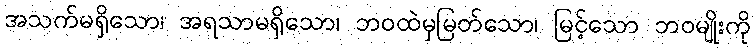
အသက်မရှိသော၊ အရသာမရှိသော၊ ဘဝထဲမှမြတ်သော၊ မြင့်သော ဘဝမျိုးကို